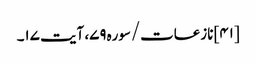
[۴۱] نازعات/سوره۷۹، آیت ۱۷۔